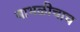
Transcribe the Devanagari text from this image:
बाभळीचाच